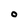
Character: O